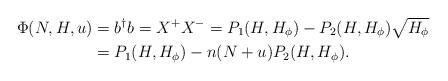
LaTeX: \begin{align*} \Phi(N,H,u)&=b^{\dagger}b=X^{+}X^{-}=P_{1}(H,H_{\phi})-P_{2}(H,H_{\phi})\sqrt{H_{\phi}} \\ &=P_{1}(H,H_{\phi})-n(N+u)P_{2}(H,H_{\phi}). \end{align*}